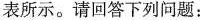
表所示。请回答下列问题：